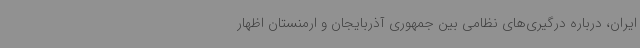
ایران، درباره درگیری‌های نظامی بین جمهوری آذربایجان و ارمنستان اظهار